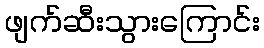
ဖျက်ဆီးသွားကြောင်း